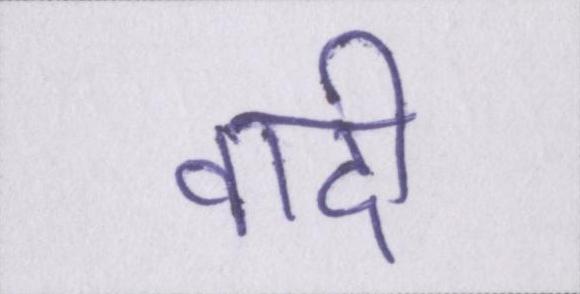
वादी